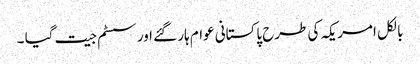
بالکل امریکہ کی طرح پاکستانی عوام ہار گئے اور سسٹم جیت گیا ۔